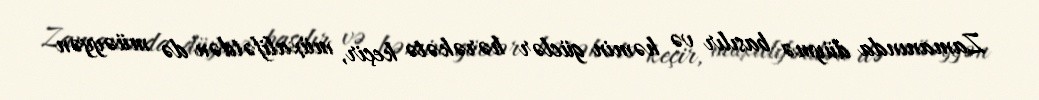
Zamanında düymə basılır və həmin güclər hərəkətə keçir, müxalifətdən də müəyyən